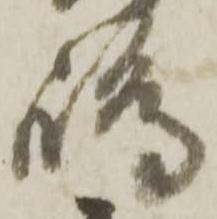
嶋